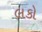
લકો